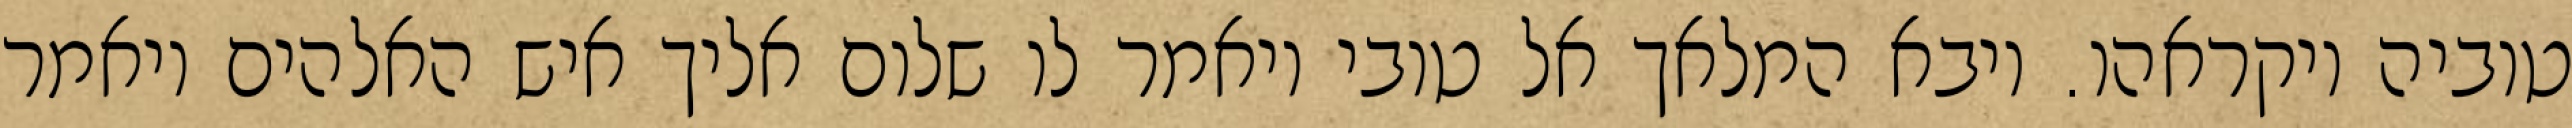
טוביה ויקראהו. ויבא המלאך אל טובי ויאמר לו שלום אליך איש האלהים ויאמר